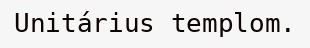
Unitárius templom.